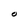
Character: O